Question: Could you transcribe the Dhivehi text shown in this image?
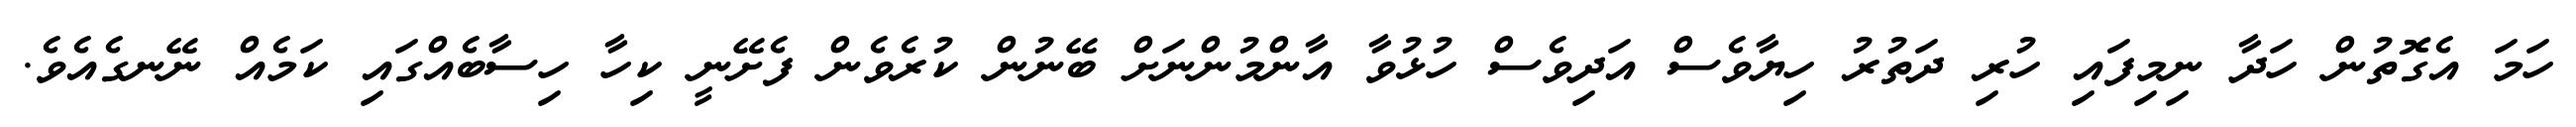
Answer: ހަމަ އެގޮތުން ހަދާ ނިމިފައި ހުރި ދަތުރު ހިޔާވެސް އަދިވެސް ހުޅުވާ އާންމުންނަށް ބޭނުން ކުރެވެން ފެށޭނީ ކިހާ ހިސާބެއްގައި ކަމެއް ނޭނގެއެވެ.